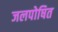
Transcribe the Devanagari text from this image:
जलपोषित